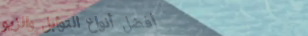
أفضل أنواع التوابل والزيو